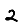
Digit: 2